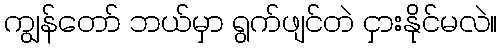
ကျွန်တော် ဘယ်မှာ ရွက်ဖျင်တဲ ငှားနိုင်မလဲ။